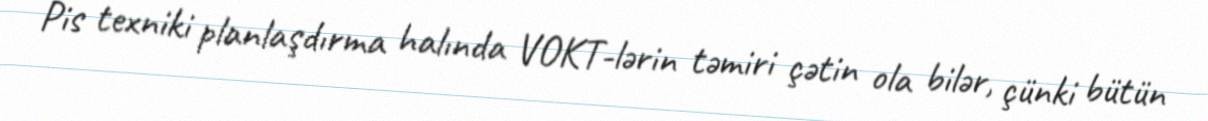
Pis texniki planlaşdırma halında VOKT-lərin təmiri çətin ola bilər, çünki bütün